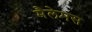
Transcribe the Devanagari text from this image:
मैलेमस